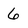
Character: 6